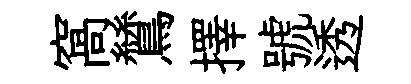
窩鷥擇號透